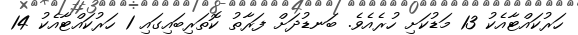
ހަރުކައްޓާއެކު 13 މަޑުކަށި ހުރެއެވެ. ބަނޑުދަށް ފަރާތު ކޮތަރިބައިގައި 1 ހަރުކައްޓާއެކު 14